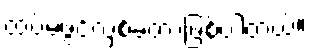
ထပ်မံဖွင့်လှစ်ခဲ့တာဖြစ်ပါတယ်။